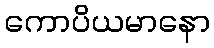
ကောပိယမာနော